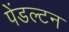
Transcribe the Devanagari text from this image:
पेंडल्टन